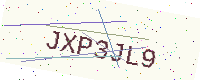
Text: JXP3JL9